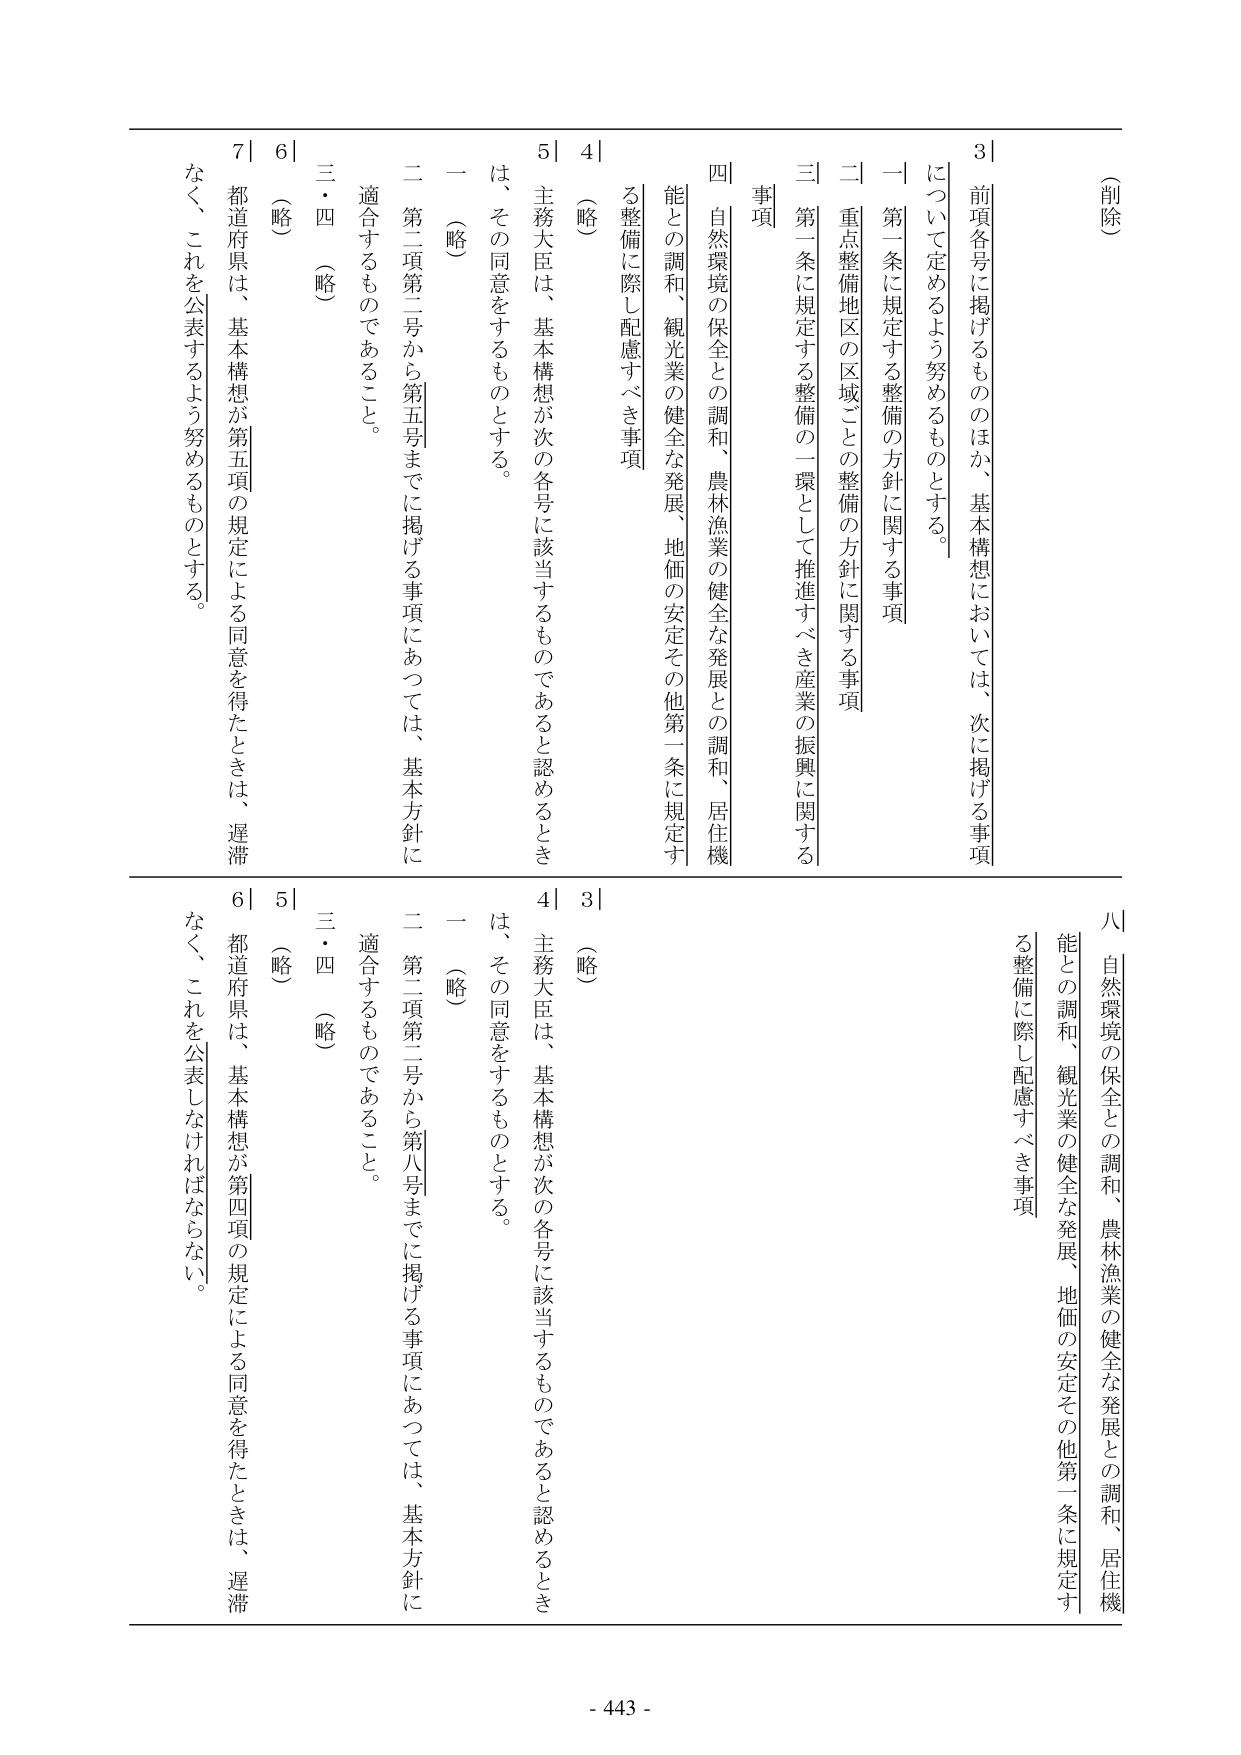
（削除）

3｜前項各号に掲げるもののほか、基本構想においては、次に掲げる事項について定めるよう努めるものとする。

一 第一条に規定する整備の方針に関する事項
二 重点整備地区の区域ごとの整備の方針に関する事項
三 第一条に規定する整備の一環として推進すべき産業の振興に関する事項
四 自然環境の保全との調和、農林漁業の健全な発展との調和、居住機能との調和、観光業の健全な発展、地価の安定その他第一条に規定する整備に際し配慮すべき事項

4｜（略）

5｜主務大臣は、基本構想が次の各号に該当するものであると認めるときは、その同意をするものとする。

一 （略）
二 第二項第二号から第五号までに掲げる事項にあっては、基本方針に適合するものであること。

三・四 （略）

6｜（略）

7｜都道府県は、基本構想が第五項の規定による同意を得たときは、遅滞なく、これを公表するよう努めるものとする。

8｜自然環境の保全との調和、農林漁業の健全な発展との調和、居住機能との調和、観光業の健全な発展、地価の安定その他第一条に規定する整備に際し配慮すべき事項

3｜（略）

4｜主務大臣は、基本構想が次の各号に該当するものであると認めるときは、その同意をするものとする。

一 （略）
二 第二項第二号から第八号までに掲げる事項にあっては、基本方針に適合するものであること。

三・四 （略）

5｜（略）

6｜都道府県は、基本構想が第四項の規定による同意を得たときは、遅滞なく、これを公表しなければならない。

- 443 -